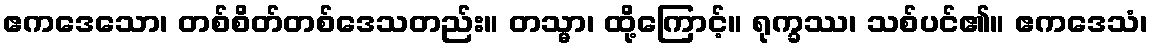
ဧကဒေသော၊ တစ်စိတ်တစ်ဒေသတည်း။ တသ္မာ၊ ထို့ကြောင့်။ ရုက္ခဿ၊ သစ်ပင်၏။ ဧကဒေသံ၊